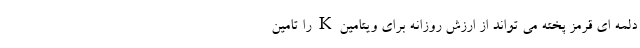
دلمه ای قرمز پخته می تواند از ارزش روزانه برای ویتامین K را تامین